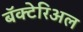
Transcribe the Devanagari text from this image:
बॅक्टेरिअल